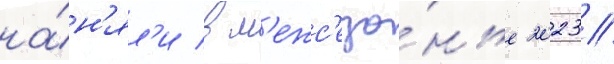
на́н'ял'и в м'ежс'езо́нье 2023/